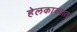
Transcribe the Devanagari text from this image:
हेलकाव्यात